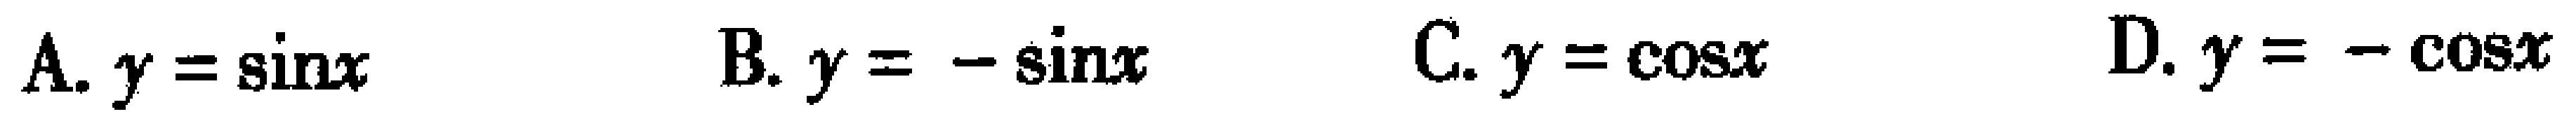
A. \(y = \sin x\)  B. \(y = -\sin x\)  C. \(y = \cos x\)  D. \(y = -\cos x\)